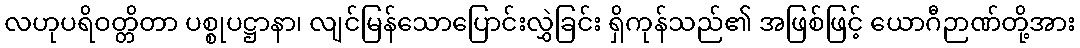
လဟုပရိဝတ္တိတာ ပစ္စုပဋ္ဌာနာ၊ လျင်မြန်သောပြောင်းလွှဲခြင်း ရှိကုန်သည်၏ အဖြစ်ဖြင့် ယောဂီဉာဏ်တို့အား